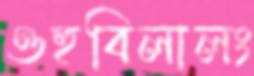
ওহুবিলালং